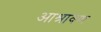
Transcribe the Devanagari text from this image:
आश्रावण